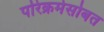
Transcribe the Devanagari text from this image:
परिक्रमेसोबत